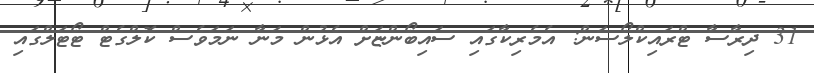
31 ދިރާސާ ޓްރައިކްލޯސަން: އެމެރިކާގައި ސައިބޯންޏަށް އެޅުން މަނާ ނަަމަވެސް ކޮލްގެޓް ޓޯޓަލްގައި